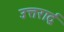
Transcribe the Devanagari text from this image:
उत्तरार्द्व